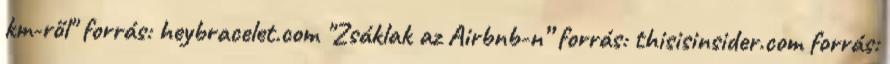
km-ről" forrás: heybracelet.com "Zsáklak az Airbnb-n” forrás: thisisinsider.com forrás: